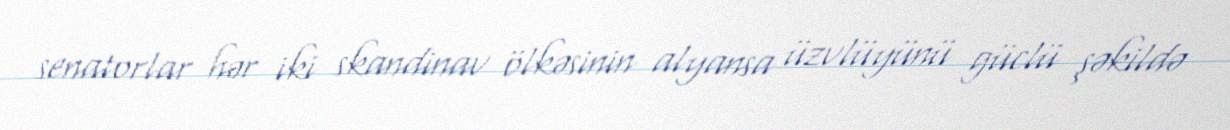
senatorlar hər iki skandinav ölkəsinin alyansa üzvlüyünü güclü şəkildə